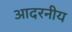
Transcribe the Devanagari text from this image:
आदरनीय